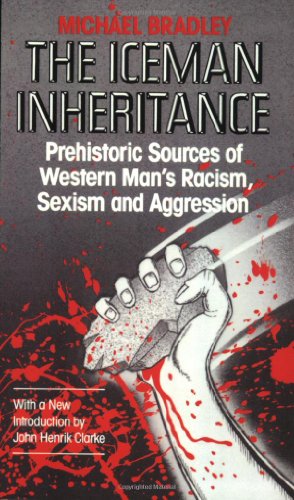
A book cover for Iceman Inheritance : Prehistoric Sources of Western Man's Racism, Sexism and Aggression; Michael Bradley; Engineering & Transportation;